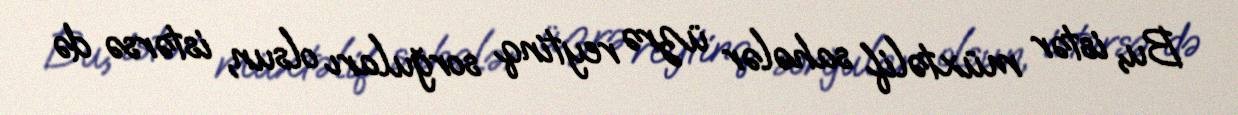
Bu, istər müxtəlif sahələr üzrə reytinq sorğuları olsun, istərsə də